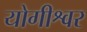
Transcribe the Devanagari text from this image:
योगीश्वर